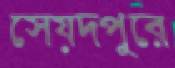
সেয়দপুরে